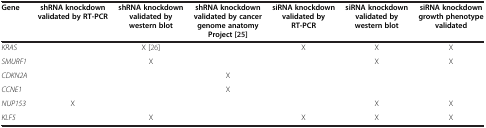
<table><thead><tr><td><b>Gene</b></td><td><b>shRNA knockdown</b></td><td><b>shRNA knockdown</b></td><td><b>shRNA knockdown</b></td><td><b>siRNA knockdown</b></td><td><b>siRNA knockdown</b></td><td><b>siRNA knockdown</b></td></tr><tr><td><b> </b></td><td><b>validated by RT-PCR</b></td><td><b>validated by</b></td><td><b>validated by cancer</b></td><td><b>validated by</b></td><td><b>validated by</b></td><td><b>growth phenotype</b></td></tr><tr><td><b> </b></td><td><b> </b></td><td><b>western blot</b></td><td><b>genome anatomy</b></td><td><b>RT-PCR</b></td><td><b>western blot</b></td><td><b>validated</b></td></tr><tr><td><b> </b></td><td><b> </b></td><td><b> </b></td><td><b>Project[25]</b></td><td><b> </b></td><td><b> </b></td><td><b> </b></td></tr></thead><tbody><tr><td><i>KRAS</i></td><td> </td><td>X [26]</td><td> </td><td>X</td><td>X</td><td>X</td></tr><tr><td><i>SMURF1</i></td><td> </td><td>X</td><td> </td><td> </td><td>X</td><td>X</td></tr><tr><td><i>CDKN2A</i></td><td> </td><td> </td><td>X</td><td> </td><td> </td><td> </td></tr><tr><td><i>CCNE1</i></td><td> </td><td> </td><td>X</td><td> </td><td> </td><td> </td></tr><tr><td><i>NUP153</i></td><td>X</td><td> </td><td> </td><td> </td><td>X</td><td>X</td></tr><tr><td><i>KLF5</i></td><td> </td><td>X</td><td> </td><td>X</td><td>X</td><td>X</td></tr></tbody></table>